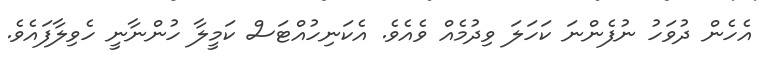
އެހެން ދުވަހު ނުފެންނަ ކަހަލަ ވިދުމެއް ވެއެވެ. އެކަނިހުއްޓަސް ކަމީލާ ހުންނާނީ ހެވިލާފައެވެ.